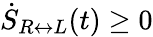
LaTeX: \dot{S}_{R\leftrightarrow L}(t)\geq 0